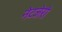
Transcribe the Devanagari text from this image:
नेटजेरो